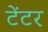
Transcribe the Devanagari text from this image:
टेंटर